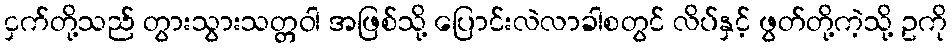
ငှက်တို့သည် တွားသွားသတ္တဝါ အဖြစ်သို့ ပြောင်းလဲလာခါစတွင် လိပ်နှင့် ဖွတ်တို့ကဲ့သို့ ဥကို